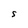
Character: S